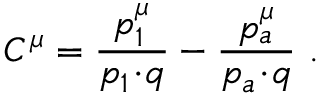
C ^ { \mu } = \frac { p _ { 1 } ^ { \mu } } { p _ { 1 } \! \cdot \! q } - \frac { p _ { a } ^ { \mu } } { p _ { a } \! \cdot \! q } \ .